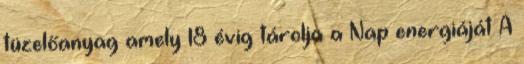
tüzelőanyag amely 18 évig tárolja a Nap energiáját A